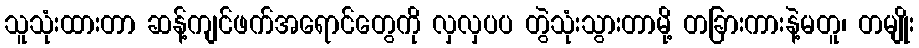
သူသုံးထားတာ ဆန့်ကျင်ဖက်အရောင်တွေကို လှလှပပ တွဲသုံးသွားတာမို့ တခြားကားနဲ့မတူ၊ တမျိုး